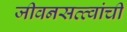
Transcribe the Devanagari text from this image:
जीवनसत्त्वांची